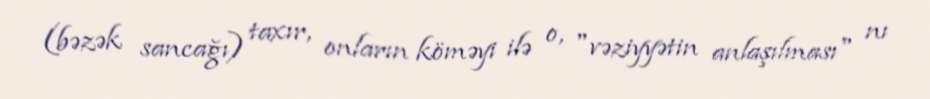
(bəzək sancağı) taxır, onların köməyi ilə o, "vəziyyətin anlaşılması" nı